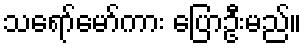
သရော်မော်ကား ပြောဦးမည်။